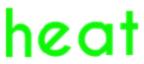
heat